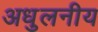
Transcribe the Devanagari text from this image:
अधुलनीय